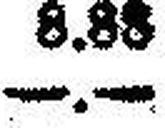
—.—